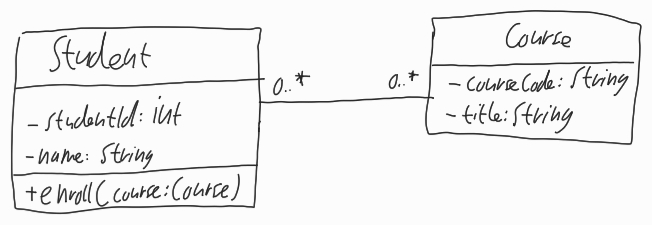
Diagram type: class_diagram
```plantuml
@startuml

class Student {
  - studentId: int
  - name: String
  + enroll(course: Course)
}

class Course {
  - courseCode: String
  - title: String
}

Student "0..*" -- "0..*" Course

@enduml
```